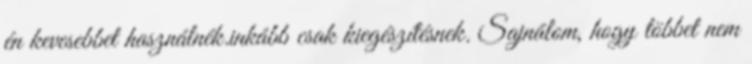
én kevesebbet használnék.inkább csak kiegészítésnek. Sajnálom, hogy többet nem